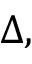
\Delta ,